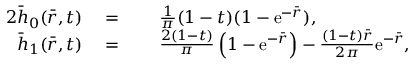
\begin{array} { r l r l } { { 2 } \bar { h } _ { 0 } ( \bar { r } , t ) } & { \; = } & & { \; \frac { 1 } { \pi } ( 1 - t ) ( 1 - \mathrm { e } ^ { - \bar { r } } ) , } \\ { \bar { h } _ { 1 } ( \bar { r } , t ) } & { \; = } & & { \; \frac { 2 ( 1 - t ) } { \pi } \left( 1 - \mathrm { e } ^ { - \bar { r } } \right) - \frac { ( 1 - t ) \bar { r } } { 2 \pi } \mathrm { e } ^ { - \bar { r } } , } \end{array}